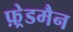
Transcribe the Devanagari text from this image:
फ़्रेडमैन